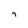
Character: 9